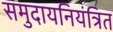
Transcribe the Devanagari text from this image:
समुदायनियंत्रित